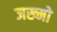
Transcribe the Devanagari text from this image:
जख्मो